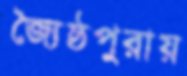
জ্যৈষ্ঠপুরায়